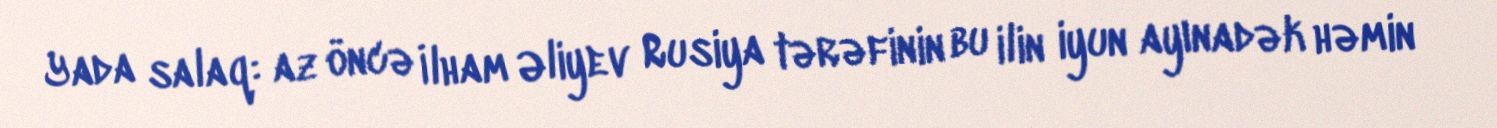
Yada salaq: az öncə İlham Əliyev Rusiya tərəfinin bu ilin iyun ayınadək həmin